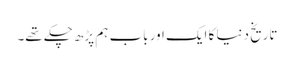
تاریخ دنیا کا ایک اور باب ہم پڑھ چکے تھے۔